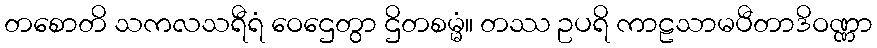
တစောတိ သကလသရီရံ ဝေဌေတွာ ဌိတစမ္မံ။ တဿ ဥပရိ ကာဠသာမပီတာဒိဝဏ္ဏာ